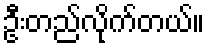
ဦးတည်လိုက်တယ်။